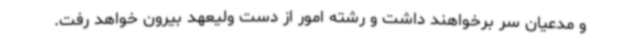
و مدعیان سر برخواهند داشت و رشته امور از دست ولیعهد بیرون خواهد رفت.